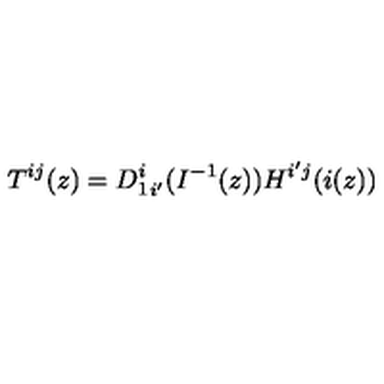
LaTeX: T ^ { i j } ( z ) = { D _ { 1 } ^ { i } } _ { i ^ { \prime } } ( I ^ { - 1 } ( z ) ) H ^ { i ^ { \prime } j } ( i ( z ) )